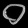
Digit: ၀